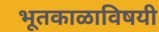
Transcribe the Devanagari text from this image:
भूतकाळाविषयी